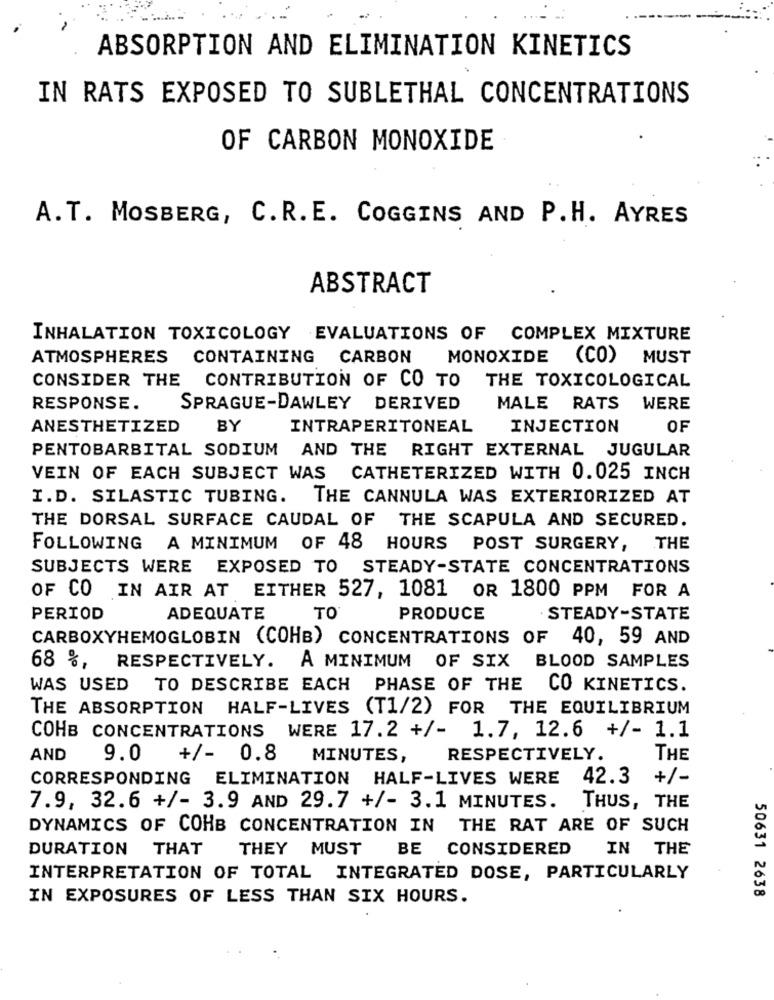
ABSORPTION AND ELIMINATION KINETICS
IN RATS EXPOSED TO SUBLETHAL CONCENTRATIONS
OF CARBON MONOXIDE
A.T. MOSBERG, C.R.E. COGGINS AND P.H. AYRES
ABSTRACT
INHALATION TOXICOLOGY EVALUATIONS OF COMPLEX MIXTURE
ATMOSPHERES CONTAINING CARBON
MONOXIDE (CO) MUST
CONSIDER THE CONTRIBUTION OF CO TO THE TOXICOLOGICAL
RESPONSE.
SPRAGUE-DAWLEY DERIVED
MALE RATS WERE
ANESTHETIZED
BY
INTRAPERITONEAL
INJECTION
OF
PENTOBARBITAL SODIUM AND THE RIGHT EXTERNAL JUGULAR
VEIN OF EACH SUBJECT WAS
CATHETERIZED WITH 0.025 INCH
I.D. SILASTIC TUBING. THE CANNULA WAS EXTERIORIZED AT
THE DORSAL SURFACE CAUDAL OF
THE SCAPULA AND SECURED.
FOLLOWING A MINIMUM OF 48 HOURS POST SURGERY, THE
SUBJECTS WERE EXPOSED TO STEADY-STATE CONCENTRATIONS
OF CO IN AIR AT EITHER 527, 1081 OR 1800 PPM FOR A
PERIOD
ADEQUATE
TO
PRODUCE
· STEADY-STATE
CARBOXYHEMOGLOBIN (COHB) CONCENTRATIONS OF 40, 59 AND
68 %, RESPECTIVELY. A MINIMUM OF SIX BLOOD SAMPLES
WAS USED TO DESCRIBE EACH PHASE OF THE CO KINETICS.
THE ABSORPTION HALF-LIVES (T1/2) FOR THE EQUILIBRIUM
COHB CONCENTRATIONS WERE 17.2 +/- 1.7, 12.6 +/- 1.1
AND
9.0
+/- 0.8
MINUTES,
RESPECTIVELY.
THE
CORRESPONDING ELIMINATION HALF-LIVES WERE
42.3 +/-
7.9, 32.6 +/- 3.9 AND 29.7 +/- 3.1 MINUTES.
THUS, THE
DYNAMICS OF COHB CONCENTRATION IN THE RAT ARE OF SUCH
DURATION THAT
THEY MUST
BE CONSIDERED
IN THE
INTERPRETATION OF TOTAL INTEGRATED DOSE, PARTICULARLY
50631 2638
IN EXPOSURES OF LESS THAN SIX HOURS.